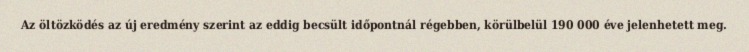
Az öltözködés az új eredmény szerint az eddig becsült időpontnál régebben, körülbelül 190 000 éve jelenhetett meg.